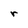
Character: r